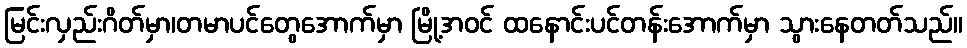
မြင်းလှည်းဂိတ်မှာ၊တမာပင်တွေအောက်မှာ မြို့အဝင် ထနောင်းပင်တန်းအောက်မှာ သွားနေတတ်သည်။